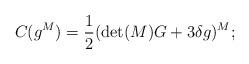
LaTeX: \begin{align*}C(g^M) = \frac{1}{2}(\det(M)G + 3\delta g)^M;\end{align*}